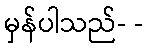
မှန်ပါသည်- -